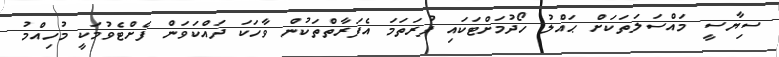
ސިޔާސީ މައްސަލަތަކަށް ޙައްލު ހޯދުމަށްޓަކައި ފުރަތަމަ އެފަރާތްތަކުން ވާހަކަ ދައްކަވަން ފެށްޓެވުމަކީ މުހިއްމު